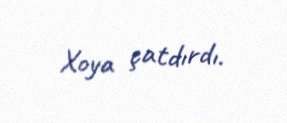
Xoya çatdırdı.